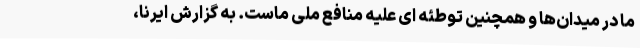
ما در میدان‌ها و همچنین توطئه ای علیه منافع ملی ماست. به گزارش ایرنا،